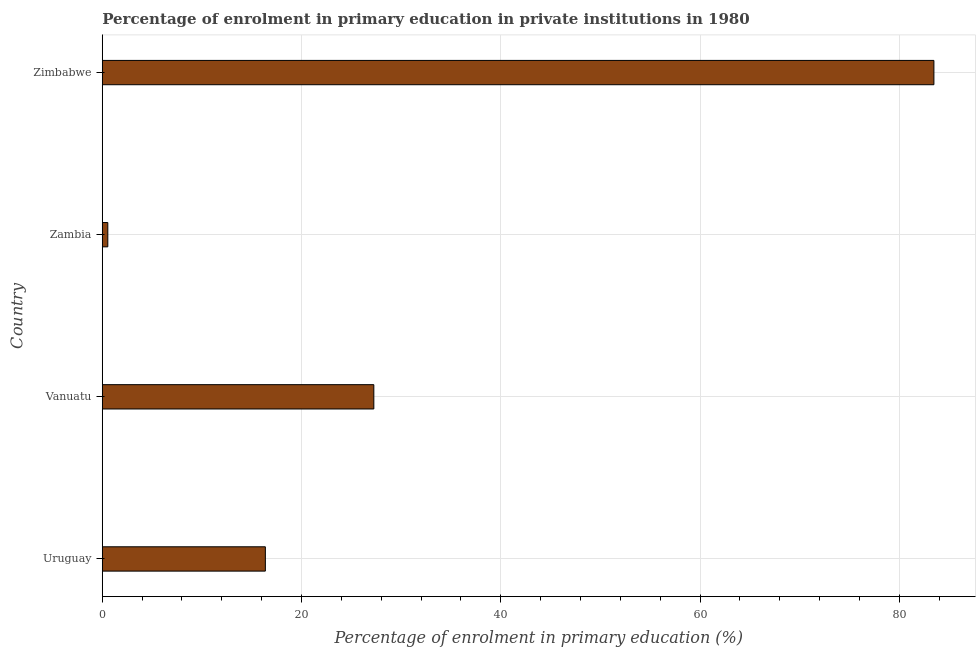
| Country | Enrolment  |
 | --- | --- |
 | Uruguay | 16.4 |
 | Vanuatu | 27.3 |
 | Zambia | 0.559 |
 | Zimbabwe | 83.5 |